Lunatic asylums Punjab 1895-1910 - 1895-1910
Year: 1895
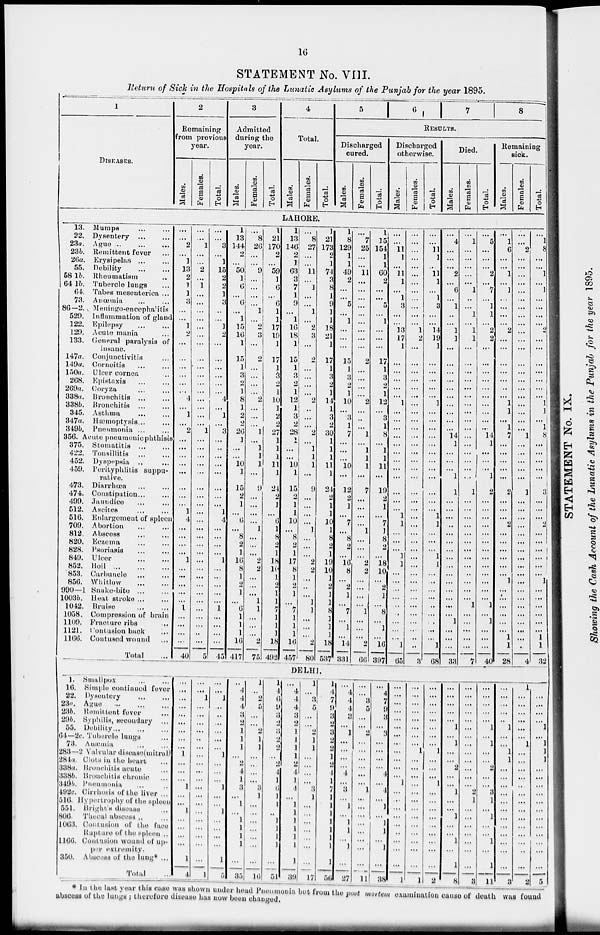
16
STATEMENT No. VIII.
Return of Sick in the Hospitals of the Lunatic Asylums of the Punjab for the year 1895.
1
DISEASES.
2
Remaining
rom previous
year.
Males.
Females.
Total.
3
Admitted
during the
year.
Males.
Females.
Total.
4
Total.
Males.
Females.
Total.
LAHORE.
13. Mumps
...
...
22. Dysentery
...
...
23a. Ague ... ... ...
23b. Remittent fever...
26a.
Erysipelas... ...
55. Debility
...
...
58 1b. Rheumatism...
64 1b. Tubercle lungs...
64. Tabes mesenterica ...
73. Anœmia
...
...
86—2. Meningo-encephalitis
529. Inflammation of gland
122. Epilepsy
...
...
129. Acute mania ...
133. General paralysis of
insane.
147a. Conjunctivitis ...
149a.
Corneitis ... ...
150a. Ulcer cornea
...
268. Epistaxis
...
...
269a.
Coryza ... ...
338a. Bronchitis
...
...
338b. Bronchitis
...
...
345. Asthma
...
...
347a. Hæmoptysis ... ...
349b. Pneumonia ... ...
356. Acute pneumonic phthisis
375. Stomatitis ... ...
422. Tonsillitis
452. Dyspepsia ... ...
459. Perityphlitis suppu-
rative.
473. Diarrhœa
...
...
474. Constipation ... ...
499. Jaundice ... ...
512. Ascites
...
...
516. Enlargement of spleen
709. Abortion
...
...
812. Abscess ... ...
820. Eczema
...
...
828. Psoriasis
...
...
849. Ulcer
...
...
852. Boil
...
...
853.
Carbuncle ... ...
856. Whitlow
...
...
990-1
Snake-bite ... ...
1003b.
Heat
stroke... ...
1042.
Bruise...
...
1058. Compression of brain
1109. Fracture ribs ...
1121. Contusion back ...
1166. Contused wound ...
Total ...
...
...
2
...
1
13
2
1
1
3
...
...
1
2
...
...
...
...
...
...
4
...
1
...
2
...
...
...
...
...
...
...
...
1
4
...
...
...
...
1
...
...
...
...
...
1
...
...
...
...
40
...
...
1
...
...
2
...
1
...
...
...
...
...
...
...
...
...
...
...
...
...
...
...
...
1
...
...
...
...
...
...
...
...
...
...
...
...
...
...
...
...
...
...
...
...
...
...
...
...
...
5
...
...
3
...
1
15
2
2
1
3
...
...
1
2
...
...
...
...
...
...
4
... 1
...
3
...
...
...
...
...
...
...
...
1
4
...
...
...
...
1
...
...
...
...
...
1
...
...
...
...
45
1
13
144
2
...
50
1
6
...
6
...
1
15
16
1
15
1
3
2
1
8
1
2
2
26
1
...
...
10
1
15
2
1
...
6
...
8
2
1
16
8
1
2
1
...
6
1
1
1
16
417
...
8
26
...
...
9
...
...
...
...
1
...
2
3
...
2
...
...
...
...
2
...
...
...
1
...
1
1
1
...
9
...
...
...
...
1
...
...
...
2
2
...
...
...
1
1
...
...
...
2
75
1
21
170
2
...
59
1
6
...
6
1
1
17
19
1
17
1
3
2
1
10
1
2
2
27
1
1
1
11
1
24
2
1
...
6
1
8
2
1
18
10
1
2
1
1
7
1
1
1
18
492
1
13
146
2
1
63
3
7
1
9
...
1
16
18
1
15
1
3
2
1
12
1
3
2
28
1
...
...
10
1
15
2
1
1
10
...
8
2
1
17
8
1
2
1
....
7
1
1
1
16
457
...
8
27
...
...
11
...
1
...
...
1
...
2
3
...
2
...
...
...
...
2
...
...
...
2
...
1
1
1
...
9
...
...
...
...
1
...
...
...
2
2
...
...
...
1
1
...
...
...
2
80
1
21
173
2
1
74
3
8
1
9
1
1
18
2
1
17
1
3
2
1
14
1
3
2
30
1
1
1
11
1
24
2
1
1
10
1
8
2
1
19
10
1
2
3
1
8
1
1
1
18
537
DELHI
l. Smallpox... ...
16. Simple continued fever
22.
Dysentery ... ...
23a. Ague... ... ...
23b. Remittent fever...
296. Syphilis, secondary ...
55.
Debility... ... ...
64—2c. Tubercle lungs
73. Anæmia
...
...
283—2 Valvular disease(mitral)
284a. Clots in the heart...
338a. Bronchitis acute
338b Bronchitis chronic ...
349b. Pneumonia
492c Cirrhosis of the liver ...
516. Hypertrophy of the spleen
551. Bright's disease ...
806. Thecal abscess ... ...
1063. Contusion of the face
Rupture of the spleen ...
1166. Contusion wound of up-
per extremity.
350. Abscess of the lung*...
Total
...
...
...
...
...
...
...
...
...
...
1
...
...
...
1
...
...
1
...
...
...
1
4
...
...
1
...
...
...
...
...
...
...
...
...
...
...
...
...
...
...
...
...
...
1
...
...
1
...
...
...
...
...
...
1
...
...
...
1
...
...
1
...
...
...
1
5
...
4
4
4
3 2
1
1
1
...
2
4
1
3
...
1
...
1
1
1
...
35
1
...
2
5
...
...
2
1
1
...
...
...
...
3
1
...
...
...
...
...
...
16
1
4
6
9
3
2
3
2
2
...
2
4
1
6
1
1
...
1
1
1
...
51
...
4
4
4
3
2
l
l
1
1
2
4
1
4
...
1
1
1
1
l
1
39
1
...
3
5
...
...
2
1
1
...
...
...
...
3
1
...
...
...
...
...
...
17
1
4
7
9
3
2
3
2
2
1
2
4
...
7
1
1
...
1
1
1
1
56
5
6
7
8
RESULTS.
Discharged
cured.
Males.
Females.
Total.
Discharged
otherwise.
Males.
Females.
Total.
Died.
Males.
Females.
Total.
Remaining
sick.
Males.
Females.
Total.
1
8
129
1
1
49
2
...
...
5
...
1
...
...
...
15
1
3
2
1
10
...
3
1
7
...
...
...
10
...
12
2
1
...
7
...
8
2
...
16
8
...
2
1
...
7
...
1
...
14
331
...
7
25
...
...
11
...
...
...
...
...
...
...
...
...
2
...
...
...
...
2
...
...
...
1
...
1
1
1
...
7
...
...
...
...
1
...
...
...
2
2
...
...
...
...
1
...
...
...
2
66
l
15
154
1
1
60
2
...
...
5
...
1
...
...
...
17
1
3
2
1
12
...
3
1
8
...
1
1
11
...
19
2
1
...
7
1
8
2
...
18
10
...
2
1
...
8
...
1
...
16
397
...
...
11
1
...
11
1
...
1
3
...
...
13
17
1
...
...
...
...
...
1
...
...
...
...
...
...
...
...
...
...
...
...
l
1
...
...
...
1
1
...
...
...
...
...
...
...
...
...
l
65
...
...
...
...
...
...
...
...
...
...
...
...
...
2
...
...
...
...
...
...
...
...
...
...
...
...
...
...
...
...
...
...
...
...
...
...
...
...
...
...
...
...
...
...
...
...
...
...
...
...
3
...
...
11
1
...
11
1
...
1
3
...
...
14
19
1
...
...
...
...
...
1
...
...
...
...
...
...
...
...
...
...
...
...
...
1
...
...
...
...
1
...
...
...
...
...
...
...
...
...
1
68
...
4
...
...
...
2
...
6
...
1
...
...
1
1
...
...
...
...
...
...
...
...
...
...
14
1
...
...
...
1
1
...
...
...
...
...
...
...
...
...
...
...
...
...
...
...
1
...
...
...
33
...
1
...
...
...
...
...
1
...
...
1
...
1
1
...
...
...
...
...
...
...
...
...
...
...
...
...
...
...
... 1
...
...
...
...
...
...
...
...
...
...
...
...
...
1
...
...
...
...
...
7
...
5
...
...
...
2
...
7
...
3
1
...
2
2
...
...
...
...
..
...
...
...
...
...
14
1
...
...
...
1
2
...
...
...
...
...
...
...
...
...
...
...
...
...
1
...
1
...
...
...
40
...
1
6
...
...
1
...
1
...
...
...
...
2
...
...
...
...
...
...
...
1
1
...
1
7
...
...
...
...
...
2
...
...
...
2
...
...
...
...
...
...
1
...
...
...
...
...
...
1
1
28
...
...
2
...
...
...
...
..
...
..
...
...
...
...
...
...
...
...
...
...
...
...
...
...
1
...
...
...
...
...
1
...
...
...
...
...
...
...
...
...
...
...
...
...
...
...
...
...
...
...
4
...
1
8
...
...
1
...
1
...
...
...
...
2
...
...
...
...
...
...
...
1
1
...
1
8
...
...
...
...
...
3
...
...
...
2
...
...
...
...
...
1
...
...
...
...
...
...
1
1
32
...
4
4
4
3
...
1
...
...
1
...
4
1
3
...
1
1
1
1
1
...
27
...
...
3
5
...
...
2
...
...
...
...
...
...
1
...
...
...
...
...
...
...
11
...
4
7
9
3
...
3
...
...
...
...
4
...
4
...
1
...
3
1
...
...
38
...
...
...
...
...
...
...
...
...
...
...
...
1
...
...
...
...
...
...
...
...
1
...
...
...
...
...
...
...
...
1
...
...
...
...
...
...
...
...
...
...
...
...
1
...
...
...
...
...
...
...
...
1
...
...
...
1
...
...
...
...
...
...
...
...
2
...
...
...
...
...
1
...
1
...
...
2
...
...
1
...
...
1
...
...
...
1
8
...
...
...
...
...
...
...
...
...
...
...
...
...
2
1
...
...
...
...
...
...
3
...
...
...
...
...
1
...
1
...
...
2
...
...
3
1
...
1
...
1
...
1
11
...
...
...
...
...
1
...
...
1
1
...
...
...
...
...
...
...
...
...
...
...
3
1
...
...
...
...
...
...
1
...
...
...
...
...
...
...
...
...
...
...
...
...
2
...
...
...
...
1
...
1
1
1
...
...
...
...
...
...
...
...
...
...
...
5
* In the last year this case was shown under head Pueumonia but from the post mortem examination cause of death was found
abacess of the lungs ; therefore disease has now been changed.